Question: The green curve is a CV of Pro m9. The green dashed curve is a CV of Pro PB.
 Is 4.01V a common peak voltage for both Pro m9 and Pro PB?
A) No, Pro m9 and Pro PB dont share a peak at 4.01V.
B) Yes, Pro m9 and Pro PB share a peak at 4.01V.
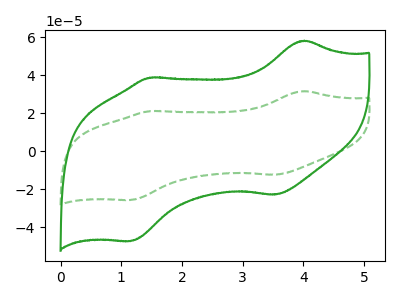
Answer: <think>The green curve "Pro m9" has anodic peaks at (4.00V, 58.05uA) (1.45V, 38.70uA) and cathodic peaks at (3.55V, -22.90uA) (1.15V, -47.35uA). The green dashed curve "Pro PB" has anodic peaks at (4.00V, 31.55uA) (1.45V, 21.00uA) and cathodic peaks at (3.55V, -12.45uA) (1.15V, -25.75uA).</think>
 <answer>B) Yes, "Pro m9" and "Pro PB" share a peak at 4.01V.</answer>
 <eval>B</eval>